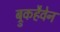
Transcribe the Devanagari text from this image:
ब्रुकहैवेन